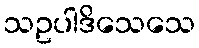
သဥပါဒိသေသေ